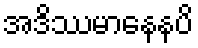
အဒိဿမာနေနပိ